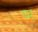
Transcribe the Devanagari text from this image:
ष्म